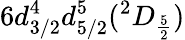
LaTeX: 6d_{3/2}^{4}d_{5/2}^{5}(^{2}D_{\frac{5}{2}})